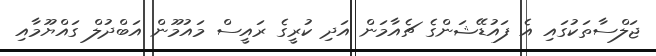
ޖަލްސާތަކުގައި އެ ފައުޑޭޝަންގެ ޗެއާމަން އަދި ކުރީގެ ރައީސް މައުމޫން އަބްދުލް ގައްޔޫމާއި